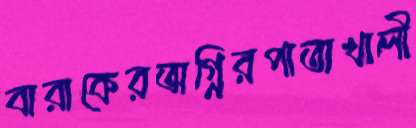
বারাকেরঅগ্নিরপাতাখালী